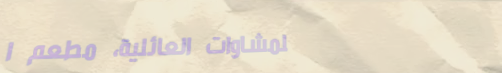
للمشاوات العائلية، مطعم ا